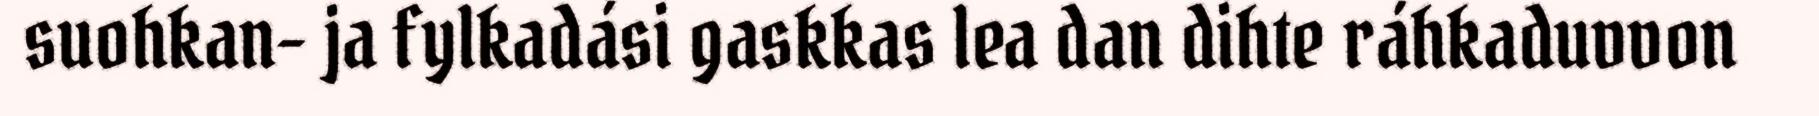
suohkan- ja fylkadási gaskkas lea dan dihte ráhkaduvvon